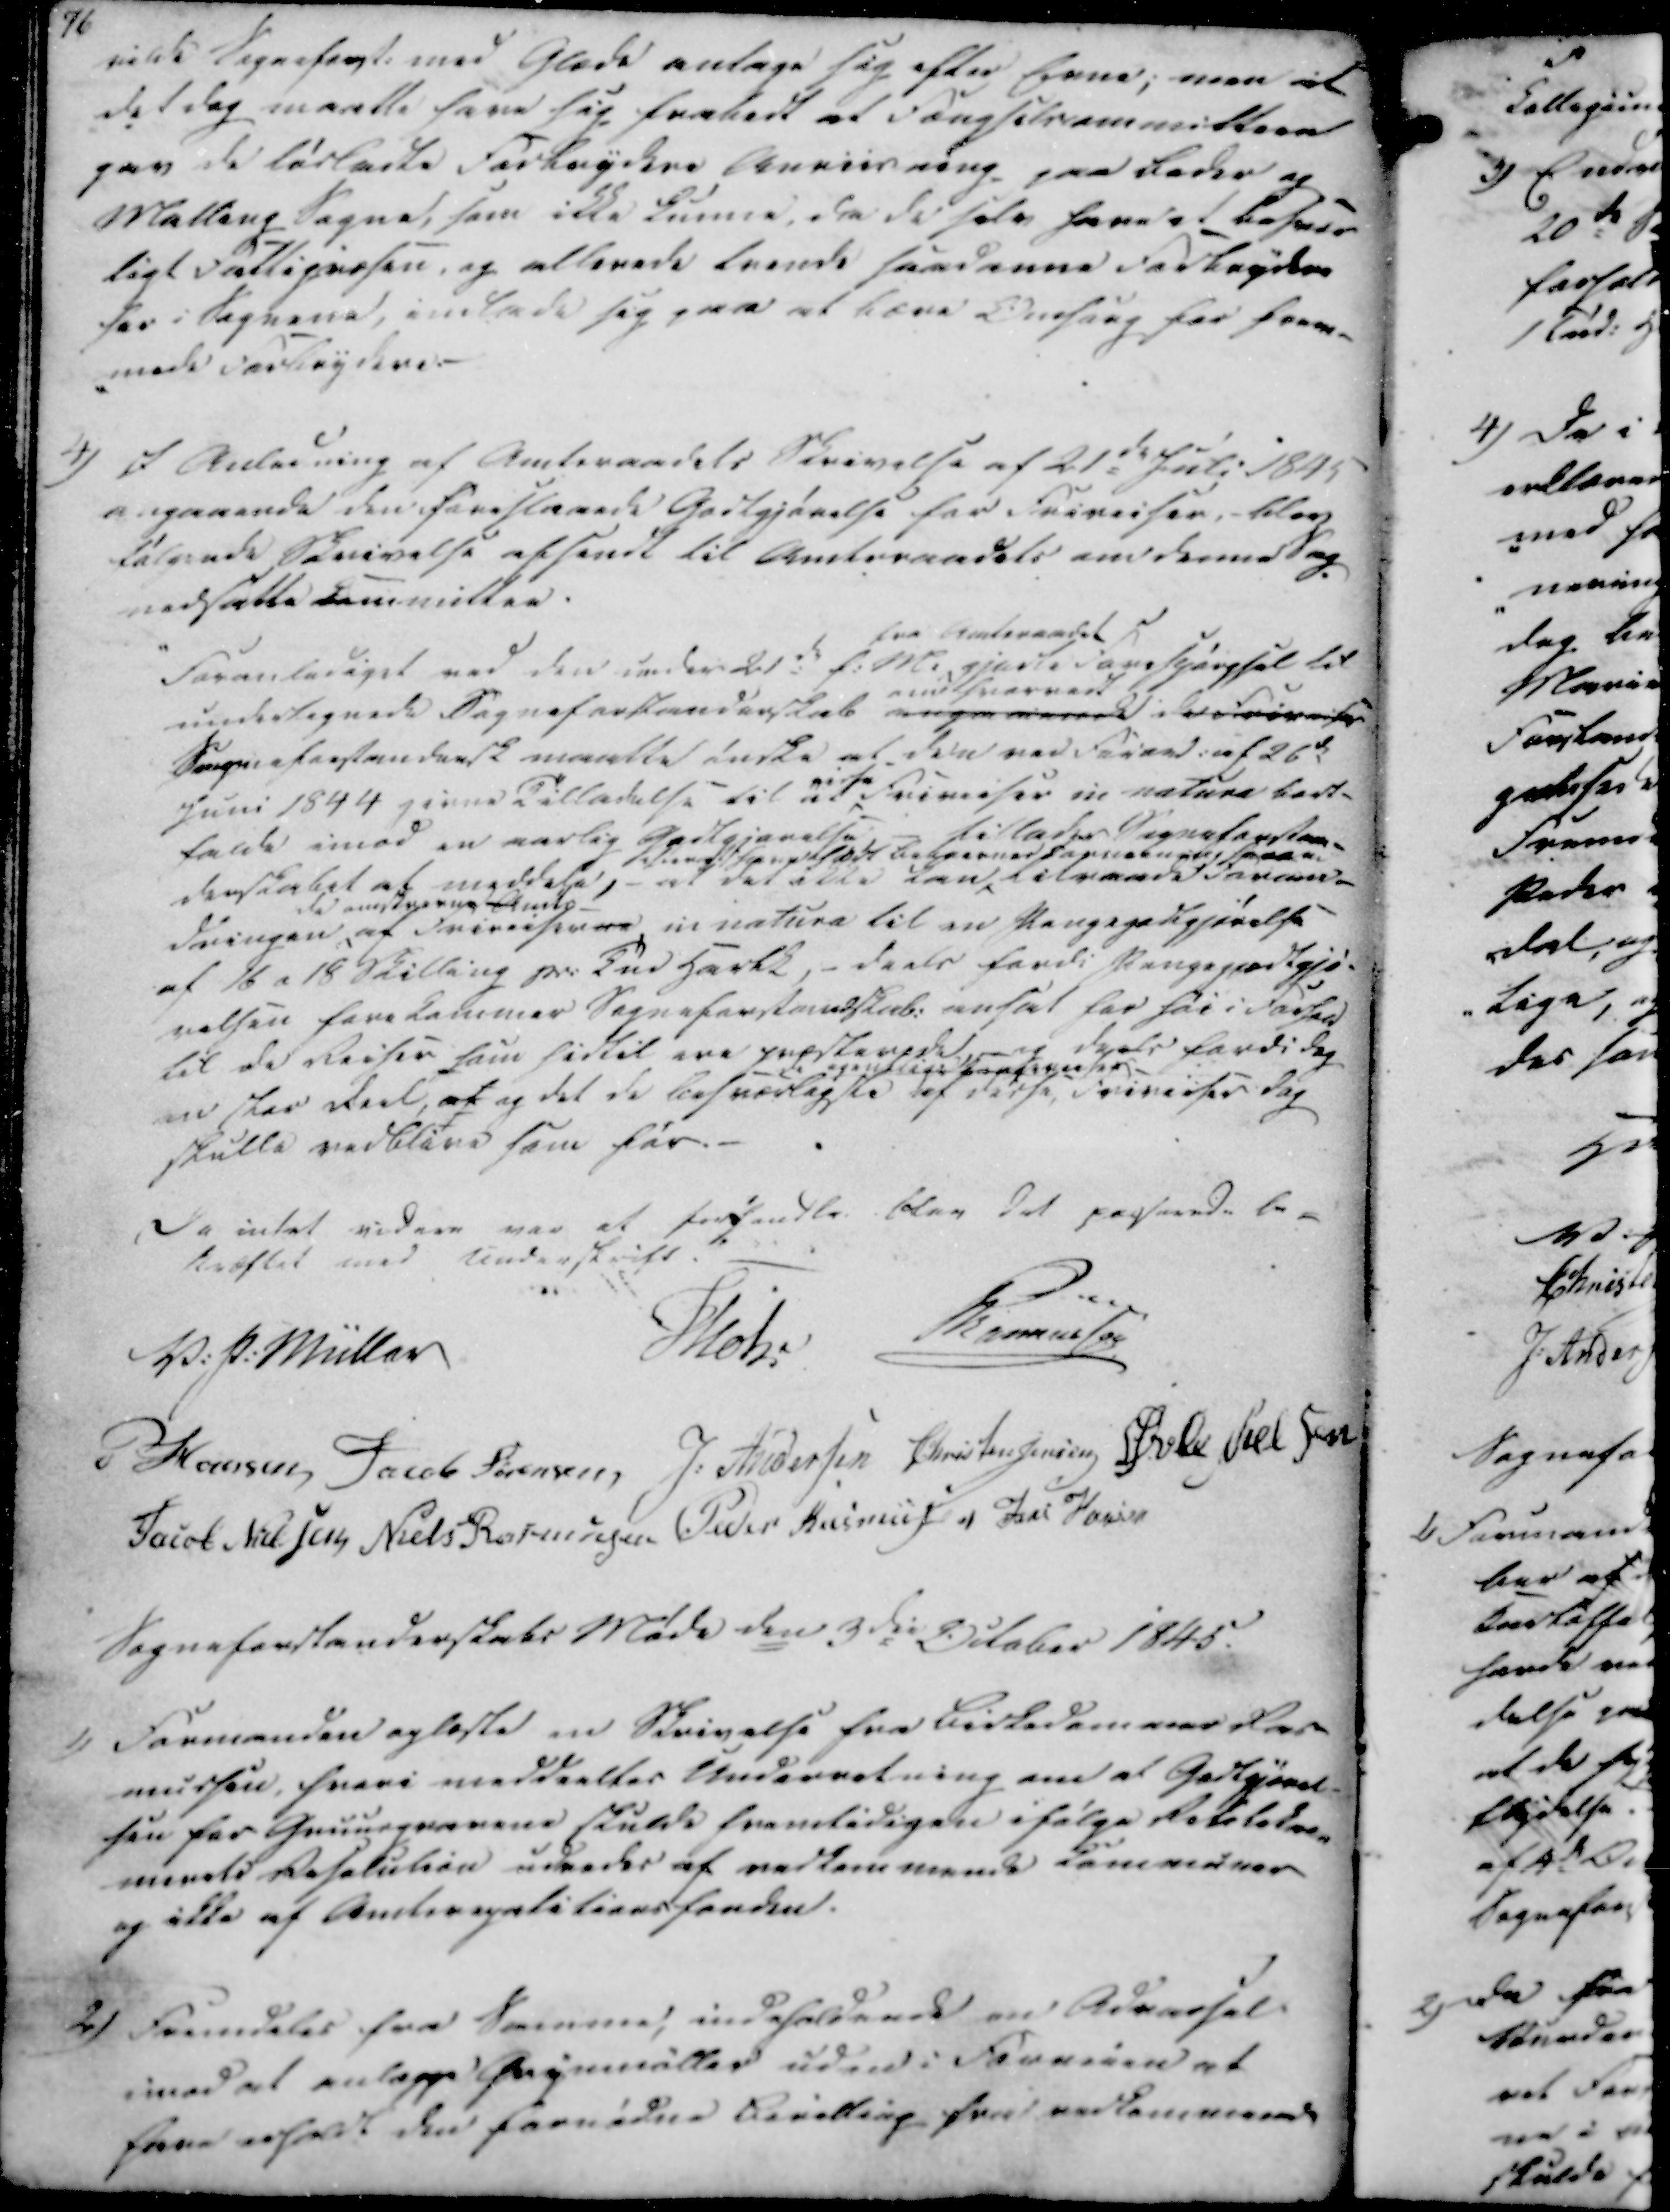
Transskription:
vilde Sogneforst. med Glæde antage sig efter Evne, men at
det dog maatte have sig frabedt at Fængselsemmitteen
gav de løsladte Forbrydere Anviisning paa Beder og
Malling Sogne, som ikke kunne, da de selv have et besver-
ligt Fattigvæsen, og allerede tvende saadanne Forbryder
her i Sognene, indlade sig paa at bære Omsorg for frem-
-mede Forbrydere.

4)

I Anledning af Amtsraadets Skrivelse af 21de Juli 1845
angaaende den foreslaaede Godtgjørelse for Frireiser, - blev
følgende Skrivelse afsendt til Amtsraadets om denne Sag-
nedsatte Committen.

Foranlediget ved den under 21de f. M. gjorte fra Amtsraadet Forespørgsel til
undertegnede Sogneforstanderskab angaaende
andsvarredt
de frir
Sogneforstandersk maatte ønske at den ved Førend af 26de
Juni 1844 givne Tilladelse til 2irse friveiser in natura bort-
falde imod en aarlig Godtgiørelse
tillades Sogneforstan-
derskabet at meddele, at det ikke kan
Stendelsgne at faldt beboernes Sognebuet, spaae
tilraade Foran-
dringen
da omskrevne Amts
af Frireiserne in natura til en Pengegodtgjørelse
af 16 a 18 Skilling pr. Tnd Hartk, - deels fordi pengegodtgjø-
relsen forekommer Sogneforstandskab. anset for høi i Forfra
til de Reiser som hidtil ere præsterede, og deels fordi dog
en stor deel, af og det de besværligste af disse  frivises dog
skulle vedblive som før.

Da intet videre var at forhandle, blev det passerede be-
kræftet med Underskrift.

V. P. Müller
Mohr
Rasmussen
P Hansen
Jacob Sørensen
J. Andersen
Christen Jensen
Øvle Nielsen
Jacob Nielsen
Niels Rasmussen
Peder Rasmussen
Jens Hansen

Sogneforstanderskabs Møde den 3die October 1845.

1)

Formanden oplæste en Skrivelse fra Birkedommer Ras-
mussen, hvori meddeeltes Underretning om at Godtgjørel-
sen for Gruusgravene skulde fremtidigen ifølge Rekoleler-
menets Resolution udredes af vedkommende Communer
og ikke af Amtsregalitionsfonden.

2)

Fremdeles fra Samme, indeholdende en Advarsel
imod at anlægge Øngimøller uden i Forveien at
have erholdt den fornødne Bevilling fra vedkommende